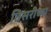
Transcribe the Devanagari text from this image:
तिसरीच्या